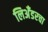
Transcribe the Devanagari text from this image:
लिअँडरचा